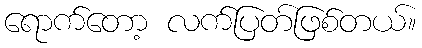
ရောက်တော့ လက်ပြတ်ဖြစ်တယ်။